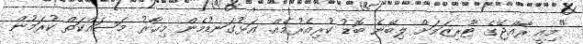
"މިއީ ރާއްޖޭގެ ޓޫރިޒަމަށް ލިބޭނެ ބޮޑު ކުރިއެރުމެއް. އަޅުގަނޑުމެން މިހާރު މަސައްކަތް ކުރަމުން